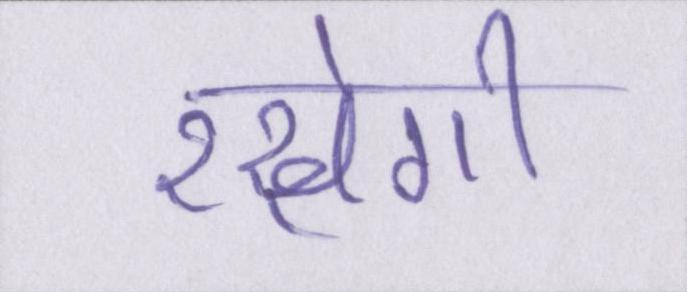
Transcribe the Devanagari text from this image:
रखेगी